Sanitation, dispensaries and jails vaccination Rajputana 1922-1927 - 1922-1927
Year: 1922
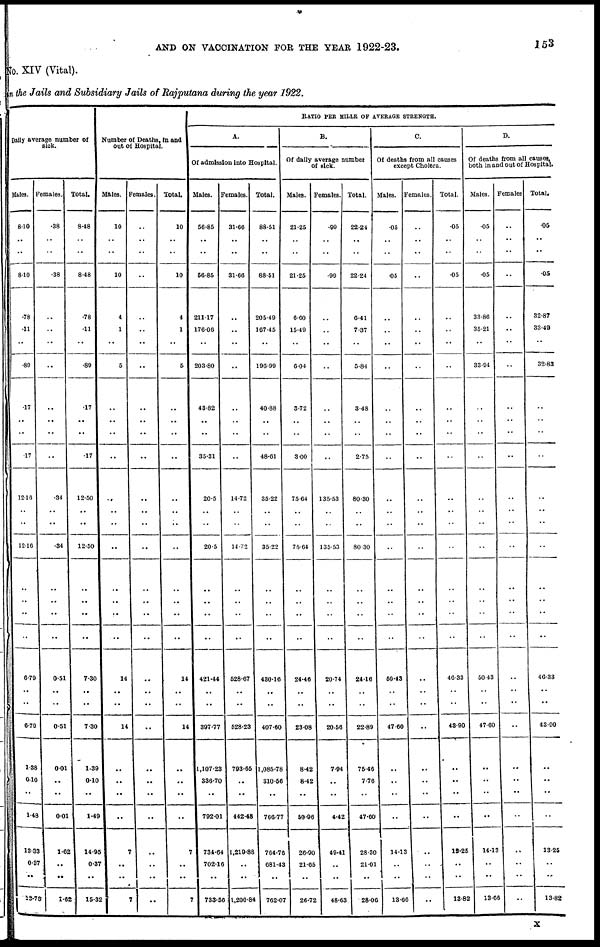
AND ON VACCINATION FOR THE YEAR 1922-23.
153
No. XIV (Vital).
in the Jails and Subsidiary Jails of Rajputana during the year 1922.
Daily average number of
sick.
Males.
8.10
..
..
8.10
.78
.11
..
.89
.17
..
..
.17
12.16
..
..
12.16
..
..
..
..
6.79
..
..
6.79
1.38
0.10
..
1.48
13.33
0.37
..
13.70
Females.
.38
..
..
.38
..
..
..
..
..
..
..
..
.34
..
..
.34
..
..
..
..
0.51
..
..
0.51
0.01
..
..
0.01
1.62
..
..
1.62
Total.
8.48
..
..
8.48
.78
.11
..
.89
.17
..
..
.17
12.50
..
..
12.50
..
..
..
..
7.30
..
..
7.30
1.39
0.10
..
1.49
14.95
0.37
..
15.32
Number of Deaths, in and
out of Hospital.
Males.
10
..
..
10
4
1
..
5
..
..
..
..
..
..
..
..
..
..
..
..
14
..
..
14
..
..
..
..
7
..
..
7
Females.
..
..
..
..
..
..
..
..
..
..
..
..
..
..
..
..
..
..
..
..
..
..
..
..
..
..
..
..
..
..
..
..
Total.
10
..
..
10
4
1
..
5
..
..
..
..
..
..
..
..
..
..
..
..
14
..
..
14
..
..
..
..
7
..
..
7
RATIO PER MILLE OF AVERAGE STRENGTH.
A.
Of admission into Hospital.
Males.
56.85
..
..
56.85
211.17
176.06
..
203.80
43.82
..
..
35.31
20.5
..
..
20.5
..
..
..
..
421.44
..
..
397.77
1,107.23
336.70
..
792.01
734.64
702.16
..
733.56
Females.
31.66
..
..
31.66
..
..
..
..
..
..
..
..
14.72
..
..
14.72
..
..
..
..
528.67
..
..
528.23
793.65
..
..
442.48
1,219.88
..
..
1,200.84
Total.
88.51
..
..
88.51
205.49
167.45
..
196.99
40.88
..
..
48.61
35.22
..
..
35.22
..
..
..
..
480.16
..
..
407.60
1,085.78
310.56
..
766.77
764.76
681.43
..
762.07
B.
Of daily average number
of sick.
Males.
21.25
..
..
21.25
6.60
15.49
..
6.04
3.72
..
..
3.00
75.64
..
..
75.64
..
..
..
..
24.46
..
..
23.08
8.42
8.42
..
50.96
26.90
21.65
..
26.72
Females.
.99
..
..
.99
..
..
..
..
..
..
..
..
135.53
..
..
135.53
..
..
..
..
20.74
..
..
20.56
7.94
..
..
4.42
49.41
..
..
48.63
Total.
22.24
..
..
22.24
6.41
7.37
..
5.84
3.48
..
..
2.75
80.30
..
..
80.30
..
..
..
..
24.16
..
..
22.89
75.46
7.76
..
47.60
28.30
21.01
..
28.06
C.
Of deaths from all causes
except Cholera.
Males.
.05
..
..
.05
..
..
..
..
..
..
..
..
..
..
..
..
..
..
..
..
50.43
..
..
47.60
..
..
..
..
14.13
..
..
13.66
Females.
..
..
..
..
..
..
..
..
..
..
..
..
..
..
..
..
..
..
..
..
..
..
..
..
..
..
..
..
..
..
..
..
Total.
.05
..
..
.05
..
..
..
..
..
..
..
..
..
..
..
..
..
..
..
..
46.33
..
..
43.90
..
..
..
..
13.25
..
..
13.82
D.
Of deaths from all causes,
both in and out of Hospital.
Males.
.05
..
..
.05
33.86
35.21
..
33.94
..
..
..
..
..
..
..
..
..
..
..
..
50.43
..
..
47.60
..
..
..
..
14.13
..
..
13.66
Females
..
..
..
..
..
..
..
..
..
..
..
..
..
..
..
..
..
..
..
..
..
..
..
..
..
..
..
..
..
..
..
..
Total.
.05
..
..
.5
32.87
33.49
..
32.83
..
..
..
..
..
..
..
..
..
..
..
..
46.33
..
..
43.90
..
..
..
..
13.25
..
..
13.82
X